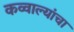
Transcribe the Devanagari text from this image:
कव्वाल्यांचा